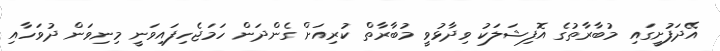
އޭދަފުށީގައި މުބާރާތުގެ އޮފިޝަލަކު ވިދާޅުވީ މުބާރާތް ކުރިއަށް ގެންދަން ހަމަޖެހިފައިވަނީ މިނިވަން ދުވަހާއި